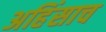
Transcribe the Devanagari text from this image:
अहिंसाच